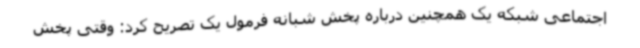
اجتماعی شبکه یک همچنین درباره پخش شبانه فرمول یک تصریح کرد: وقتی پخش